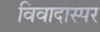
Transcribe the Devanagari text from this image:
विवादास्पर